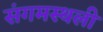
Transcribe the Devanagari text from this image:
संगमस्थली